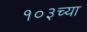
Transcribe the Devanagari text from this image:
१०३च्या